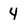
Character: 4